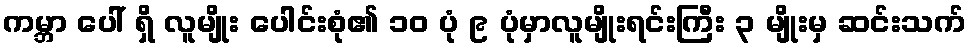
ကမ္ဘာ ပေါ် ရှိ လူမျိုး ပေါင်းစုံ၏ ၁၀ ပုံ ၉ ပုံမှာလူမျိုးရင်းကြီး ၃ မျိုးမှ ဆင်းသက်